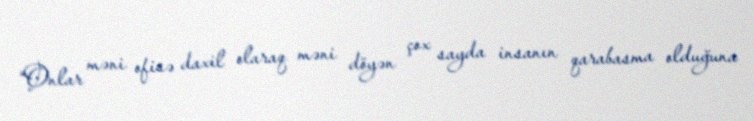
“Onlar məni ofisə daxil olaraq məni döyən çox sayda insanın qarabasma olduğuna